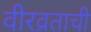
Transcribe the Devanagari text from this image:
वीरव्रताची